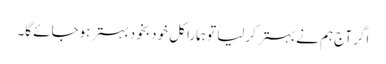
اگر آج ہم نے بہتر کرلیا تو ہمارا کل خود بخود بہتر ہوجائے گا۔